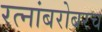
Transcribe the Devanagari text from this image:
रत्‍नांबरोबरच